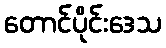
တောင်ပိုင်းဒေသ